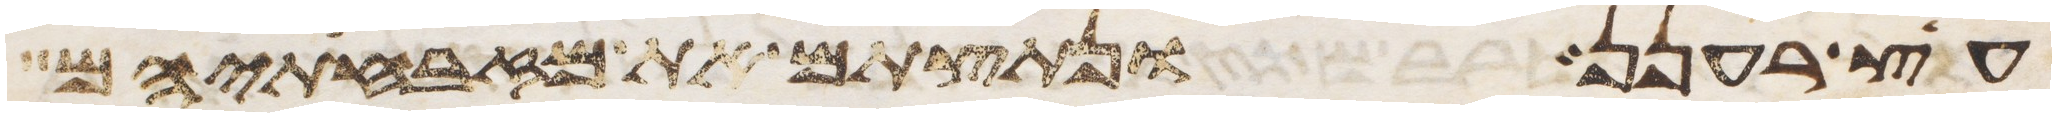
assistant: עץ רענן ונתצתם את מזבחתיהם